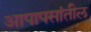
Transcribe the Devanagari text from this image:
आपापसांतील